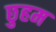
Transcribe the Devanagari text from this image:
छुहम